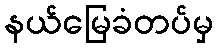
နယ်မြေခံတပ်မှ